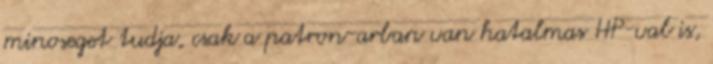
minoseget tudja, csak a patron-arban van hatalmas HP-val is,